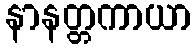
နာနတ္တကာယာ